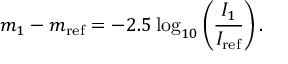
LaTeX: m _ { 1 } - m _ { \mathrm { { r e f } } } = - 2 . 5 \log _ { 1 0 } \left( { \frac { I _ { 1 } } { I _ { \mathrm { { r e f } } } } } \right) .